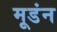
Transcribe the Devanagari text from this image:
मूडंन